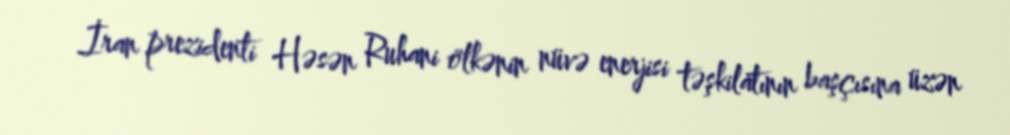
İran prezidenti Həsən Ruhani ölkənin nüvə enerjisi təşkilatının başçısına üzən